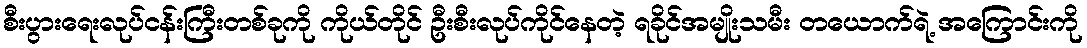
စီးပွားရေးလုပ်ငန်းကြီးတစ်ခုကို ကိုယ်တိုင် ဦးစီးလုပ်ကိုင်နေတဲ့ ရခိုင်အမျိုးသမီး တယောက်ရဲ့ အကြောင်းကို